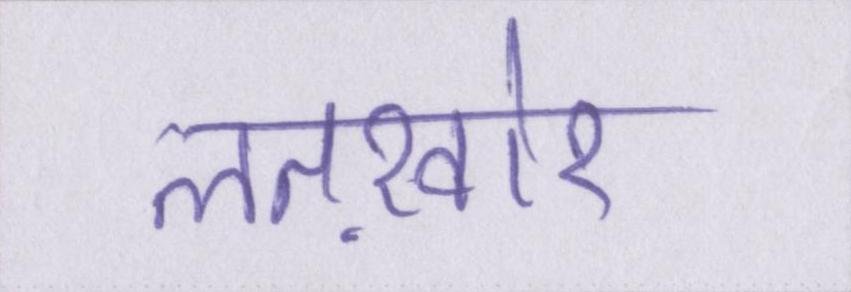
लतख़ोर